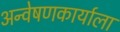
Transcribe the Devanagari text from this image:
अन्वेषणकार्याला